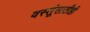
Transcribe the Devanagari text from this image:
वस्तूंसाठीही